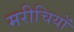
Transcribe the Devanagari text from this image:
मरीचियों